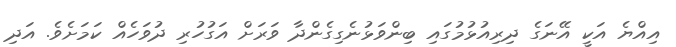
އިއްޔެ އަކީ އޭނަގެ ދިރިއުޅުމުގައި ބިންވަޅުނެގިގެންދާ ވަރަށް އަގުހުރި ދުވަހެއް ކަމަށެވެ. އަދި